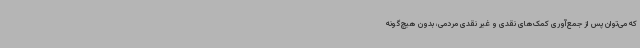
که می‌توان پس از جمع‌آوری کمک‌های نقدی و غیر نقدی مردمی، بدون هیچ‌گونه